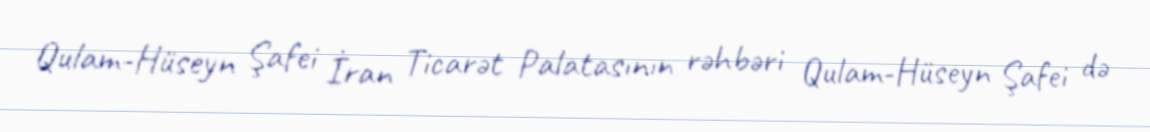
Qulam-Hüseyn Şafei İran Ticarət Palatasının rəhbəri Qulam-Hüseyn Şafei də